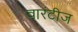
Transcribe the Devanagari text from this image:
वारंटीज